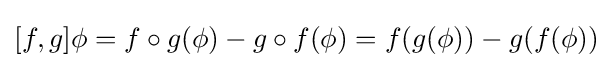
[f,g]\phi =f\circ g(\phi )-g\circ f(\phi )=f(g(\phi ))-g(f(\phi ))